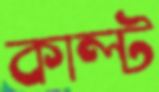
কাল্ট